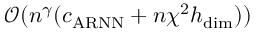
\mathcal { O } ( n ^ { \gamma } ( c _ { \mathrm { A R N N } } + n \chi ^ { 2 } h _ { \mathrm { d i m } } ) )